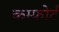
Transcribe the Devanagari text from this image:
कम्फोर्ट